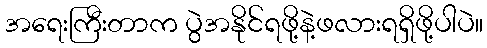
အရေးကြီးတာက ပွဲအနိုင်ရဖို့နဲ့ဖလားရရှိဖို့ပါပဲ။